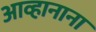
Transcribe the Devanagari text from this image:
आव्हानाना